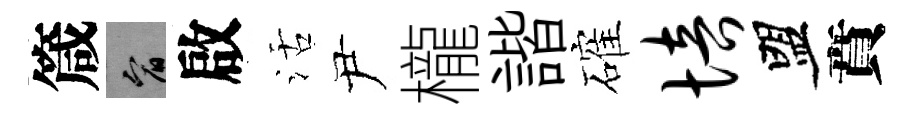
箴宥啟活尹櫳諧確培盟賁